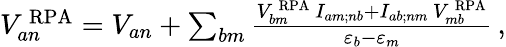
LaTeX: \begin{array}{r}{V_{an}^{\, \mathrm{RPA}}=V_{an}+\sum_{bm}\frac{V_{bm}^{\, \mathrm{RPA}}\, I_{am;nb}+I_{ab;nm}\, V_{mb}^{\, \mathrm{RPA}}}{\varepsilon_{b}-\varepsilon_{m}}\, ,}\end{array}